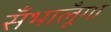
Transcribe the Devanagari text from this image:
सँभालूँगा